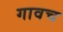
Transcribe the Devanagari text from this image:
गावच